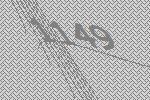
1149